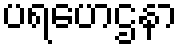
ပရဟေဌနာ